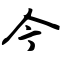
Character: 今